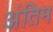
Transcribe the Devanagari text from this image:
अंतिम